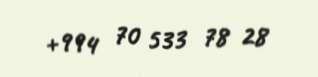
+994 70 533 78 28